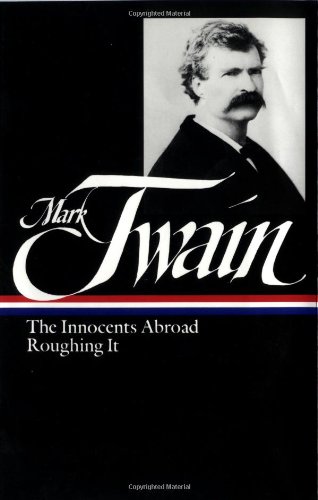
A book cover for Mark Twain : The Innocents Abroad, Roughing It (Library of America); Mark Twain; Travel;